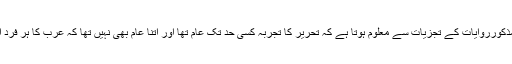
قرینِ قیاس سے اور چند مذکورروایات کے تجزیات سے معلوم ہوتا ہے کہ تحریر کا تجربہ کسی حد تک عام تھا اور اتنا عام بھی نہیں تھا کہ عرب کا ہر فرد اس میں مہارت رکھتا تھا۔